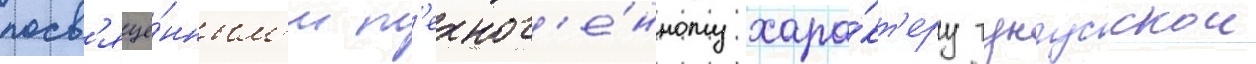
посв'ящё́нным'и т'ехног'е́нному хара́кт'еру тунгусскои